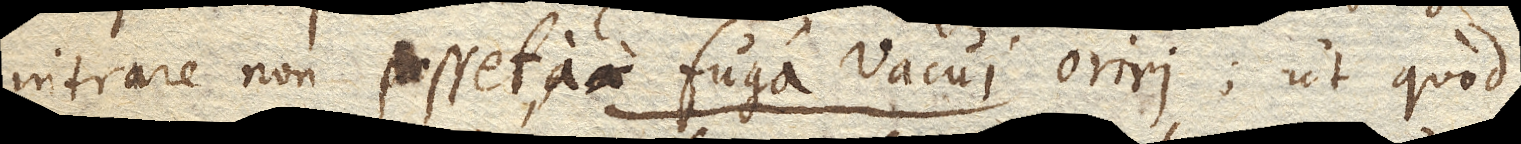
intrare non posset, a fuga Vacui oriri; ut quod